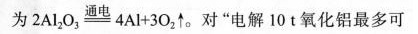
为$$2 A l _ { 2 }，o _ { 3 } \xlongequal [ ] { 通 电 }4 A l+ 3 O _ { 2 } \uparrow。对”电解10t氧化铝最多可